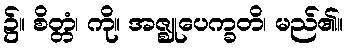
၌။ စိတ္တံ၊ ကို။ အဇ္ဈုပေက္ခတိ၊ မည်၏။